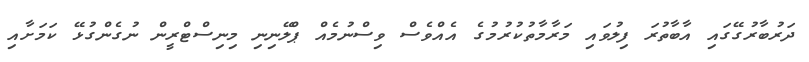
ދަރުބާރުގޭގައި އާބާތުރަ ފިލުވައި މަރާމާތުކުރުމުގެ އެއްވެސް ވިސްނުމެއް ޕްލޭނިނި މިނިސްޓްރީން ނުގެންގުޅޭ ކަމަށާއި